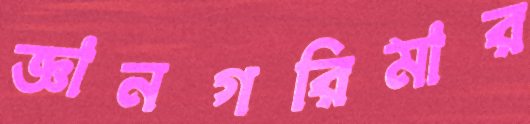
জ্ঞানগরিমার